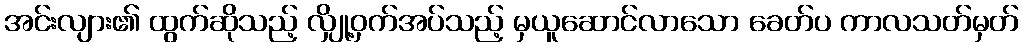
အင်းလျား၏ ထွက်ဆိုသည့် လျှို့ဝှက်အပ်သည့် မှယူဆောင်လာသော ခေတ်ပ ကာလသတ်မှတ်